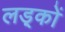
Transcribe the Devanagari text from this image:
लड़्कों